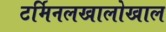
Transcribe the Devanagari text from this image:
टर्मिनलखालोखाल